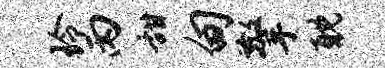
玲丙甜甸擎耽